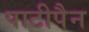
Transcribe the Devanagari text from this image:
पाटीपैन